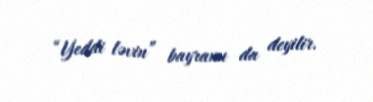
“Yeddi ləvin” bayramı da deyilir.